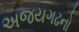
અજયગઢનો